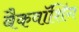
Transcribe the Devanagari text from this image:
बैकवॉशिंग